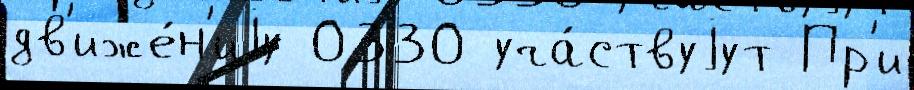
дв'иже́н'иjу 0330 уча́ствуjут Пр'и